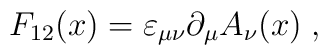
F_{12}(x) = \varepsilon_{\mu \nu} \partial_\mu A_\nu(x) \; ,